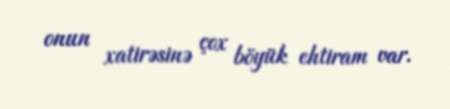
onun xatirəsinə çox böyük ehtiram var.